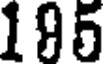
195